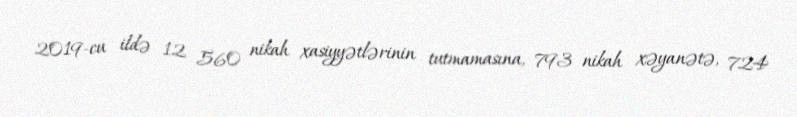
2019-cu ildə 12 560 nikah xasiyyətlərinin tutmamasına, 793 nikah xəyanətə, 724